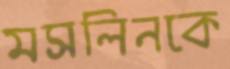
মসলিনকে